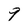
Character: 9